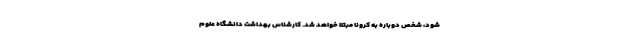
شود، شخص دوباره به کرونا مبتلا خواهد شد. کارشناس بهداشت دانشگاه علوم